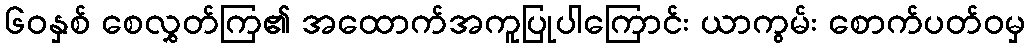
၆၀နှစ် စေလွှတ်ကြ၏ အထောက်အကူပြုပါကြောင်း ယာကွမ်း စောက်ပတ်ဝမှ